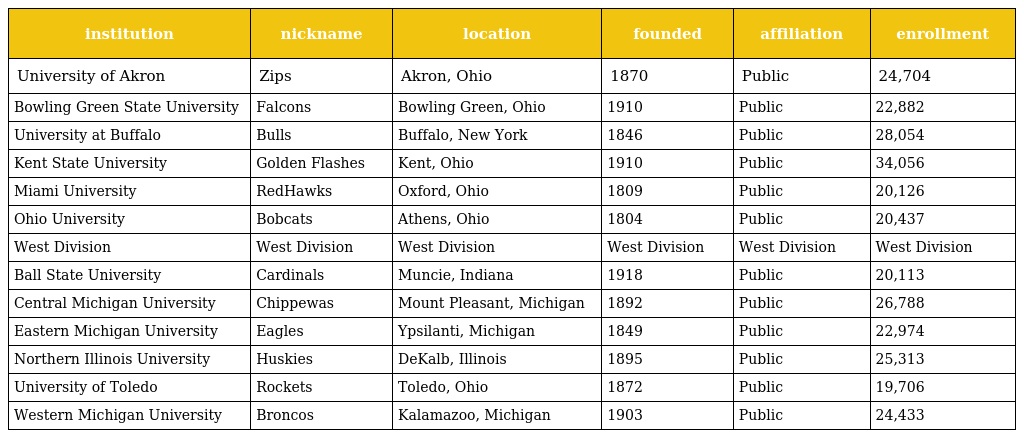
| institution | nickname | location | founded | affiliation | enrollment |
 | --- | --- | --- | --- | --- | --- |
 | University of Akron | Zips | Akron, Ohio | 1870 | Public | 24,704 |
 | Bowling Green State University | Falcons | Bowling Green, Ohio | 1910 | Public | 22,882 |
 | University at Buffalo | Bulls | Buffalo, New York | 1846 | Public | 28,054 |
 | Kent State University | Golden Flashes | Kent, Ohio | 1910 | Public | 34,056 |
 | Miami University | RedHawks | Oxford, Ohio | 1809 | Public | 20,126 |
 | Ohio University | Bobcats | Athens, Ohio | 1804 | Public | 20,437 |
 | West Division | West Division | West Division | West Division | West Division | West Division |
 | Ball State University | Cardinals | Muncie, Indiana | 1918 | Public | 20,113 |
 | Central Michigan University | Chippewas | Mount Pleasant, Michigan | 1892 | Public | 26,788 |
 | Eastern Michigan University | Eagles | Ypsilanti, Michigan | 1849 | Public | 22,974 |
 | Northern Illinois University | Huskies | DeKalb, Illinois | 1895 | Public | 25,313 |
 | University of Toledo | Rockets | Toledo, Ohio | 1872 | Public | 19,706 |
 | Western Michigan University | Broncos | Kalamazoo, Michigan | 1903 | Public | 24,433 |